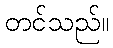
တင်သည်။